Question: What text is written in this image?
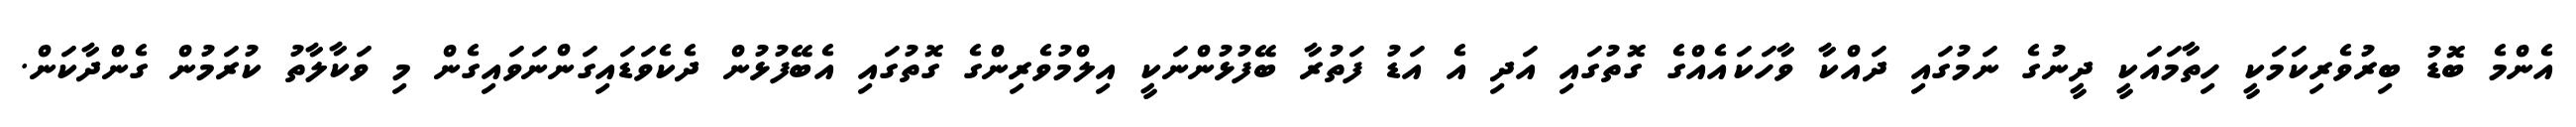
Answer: އެންމެ ބޮޑު ބިރުވެރިކަމަކީ ހިތާމައަކީ ދީނުގެ ނަމުގައި ދައްކާ ވާހަކައެއްގެ ގޮތުގައި އަދި އެ އަޑު ފަތުރާ ބޭފުޅުންނަކީ އިލްމުވެރިންގެ ގޮތުގައި އެބޭފުޅުން ދެކެވަޑައިގަންނަވައިގެން މި ވަކާލާތު ކުރަމުން ގެންދާކަން.